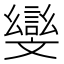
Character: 𭤛